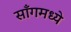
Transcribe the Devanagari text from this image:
साँगमध्ये